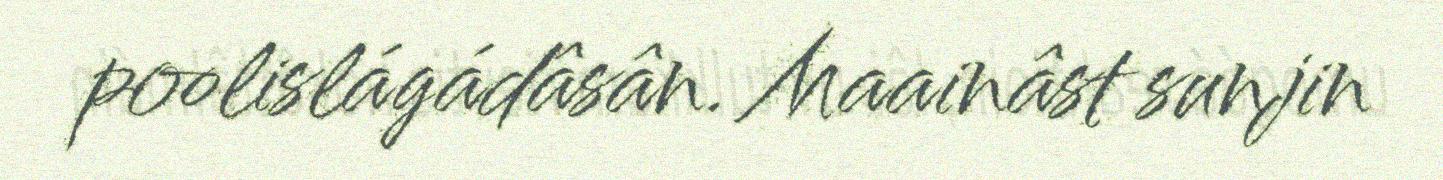
poolislágádâsân. Maainâst sunjin